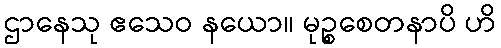
ဌာနေသု ဧသေဝ နယော။ မုဉ္စစေတနာပိ ဟိ